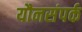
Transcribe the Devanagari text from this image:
यौनसंपर्क